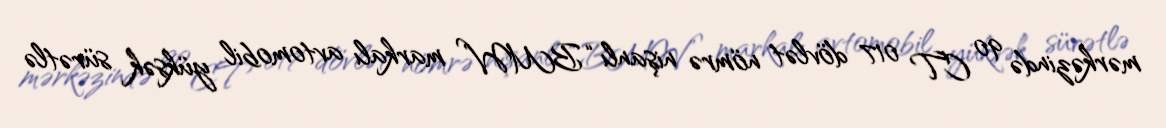
mərkəzində 90 CT 017 dövlət nömrə nişanlı “BMW” markalı avtomobil yüksək sürətlə